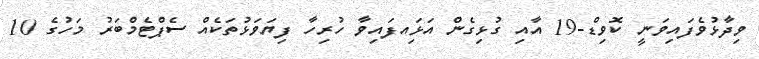
ވިދާޅުވެފައިވަނީ ކޮވިޑް-19 އާއި ގުޅިގެން އަޅަިއފައިވާ ހުރިހާ ފިޔަވަޅުތަކެއް ސެޕްޓެމްބަރު މަހުގެ 10